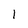
Character: 1